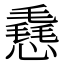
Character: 㦌